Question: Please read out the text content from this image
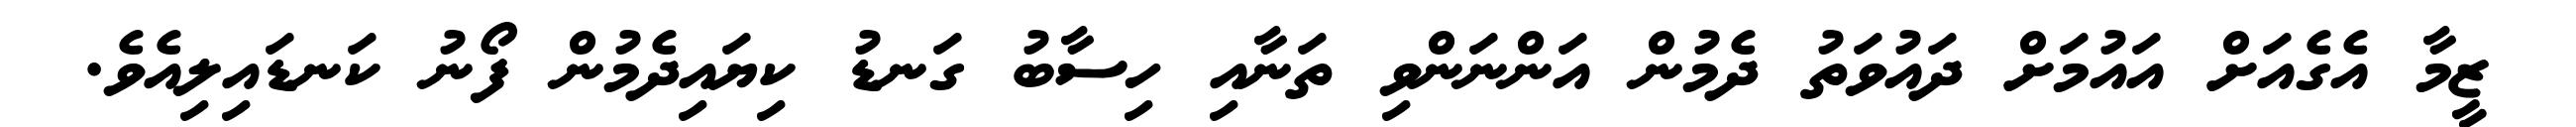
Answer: ޒީމާ އެގެއަށް އައުމަށް ދައުވަތު ދެމުން އަންނަންވި ތަނާއި ހިސާބު ގަނޑު ކިޔައިދެމުން ފޯނު ކަނޑައިލިއެވެ.